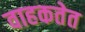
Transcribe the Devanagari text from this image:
वाहकतेत